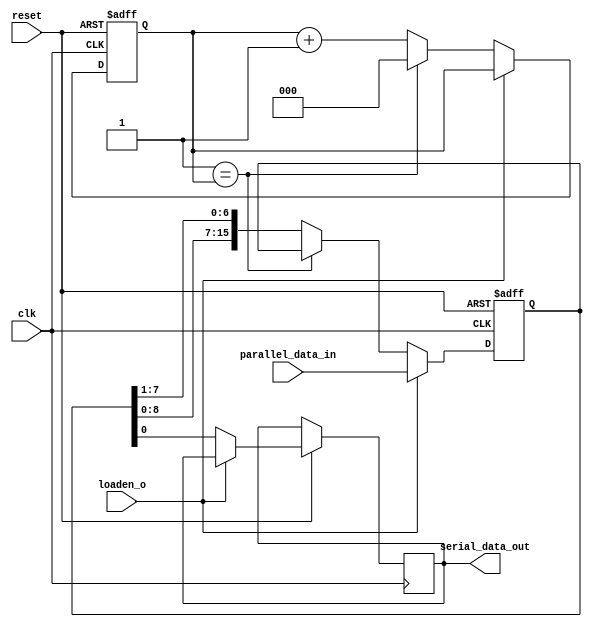
`timescale 1 ns /1 ps
module MAX11046_module5 (clk, reset, loaden_o, serial_data_out,parallel_data_in);
	
	input clk;
	input reset;
	input loaden_o;
	input [15:0] parallel_data_in;
	
	
	
	output reg serial_data_out;
	reg             u5;
	reg [15:0] sft_reg;
	reg [2:0] count_ps;
	reg  serdes_factor;

initial 
	begin 
		serdes_factor = 2'b11; 
	end




always @ ( posedge clk or negedge reset)
begin
  if (!reset)
  begin
  sft_reg  =16'b0;
  count_ps = 'b0;
  end
else
begin  
	if(loaden_o == 1'b1)
		sft_reg = parallel_data_in;
     else
		begin
		  serial_data_out = sft_reg[0];
		  if (serdes_factor == count_ps)
		  count_ps =1'b0 ;
		  else 
		  begin 
		  sft_reg = {sft_reg,sft_reg[7:1]};
		  count_ps = count_ps +1;
      end
     end
end

end
endmodule